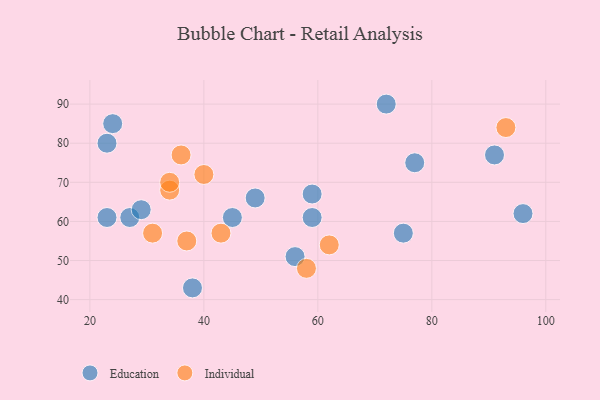
{"axis": {"x": "GDP", "y": "Life Expectancy"}, "legend": ["Education", "Individual"], "data": [{"x": "91", "y": 77, "type": "Education"}, {"x": "38", "y": 43, "type": "Education"}, {"x": "49", "y": 66, "type": "Education"}, {"x": "59", "y": 67, "type": "Education"}, {"x": "77", "y": 75, "type": "Education"}, {"x": "23", "y": 80, "type": "Education"}, {"x": "45", "y": 61, "type": "Education"}, {"x": "96", "y": 62, "type": "Education"}, {"x": "75", "y": 57, "type": "Education"}, {"x": "59", "y": 61, "type": "Education"}, {"x": "27", "y": 61, "type": "Education"}, {"x": "24", "y": 85, "type": "Education"}, {"x": "23", "y": 61, "type": "Education"}, {"x": "72", "y": 90, "type": "Education"}, {"x": "56", "y": 51, "type": "Education"}, {"x": "29", "y": 63, "type": "Education"}, {"x": "43", "y": 57, "type": "Individual"}, {"x": "93", "y": 84, "type": "Individual"}, {"x": "36", "y": 77, "type": "Individual"}, {"x": "34", "y": 68, "type": "Individual"}, {"x": "40", "y": 72, "type": "Individual"}, {"x": "58", "y": 48, "type": "Individual"}, {"x": "37", "y": 55, "type": "Individual"}, {"x": "31", "y": 57, "type": "Individual"}, {"x": "34", "y": 70, "type": "Individual"}, {"x": "62", "y": 54, "type": "Individual"}]}